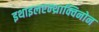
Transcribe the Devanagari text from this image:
इथाइलएन्थ्राक्विनोन